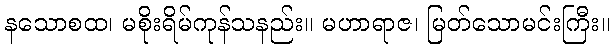
နသောစထ၊ မစိုးရိမ်ကုန်သနည်း။ မဟာရာဇ၊ မြတ်သောမင်းကြီး။